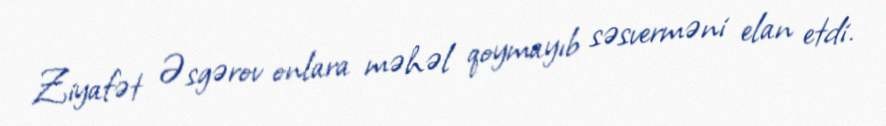
Ziyafət Əsgərov onlara məhəl qoymayıb səsverməni elan etdi.